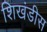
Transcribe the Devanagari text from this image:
शिखंडीस